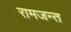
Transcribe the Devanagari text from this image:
रामजन्त